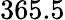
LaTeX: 365.5